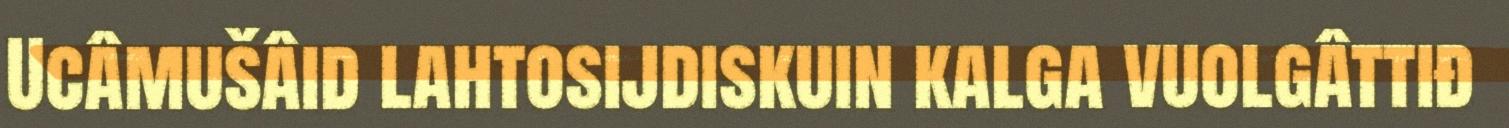
Ucâmušâid lahtosijdiskuin kalga vuolgâttiđ